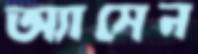
অ্যাসেন